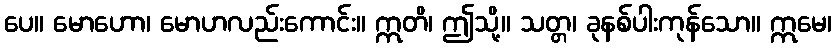
ပေ။ မောဟော၊ မောဟလည်းကောင်း။ ဣတိ၊ ဤသို့။ သတ္တ၊ ခုနစ်ပါးကုန်သော။ ဣမေ၊